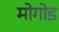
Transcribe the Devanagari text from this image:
मोगोड